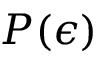
P ( \epsilon )